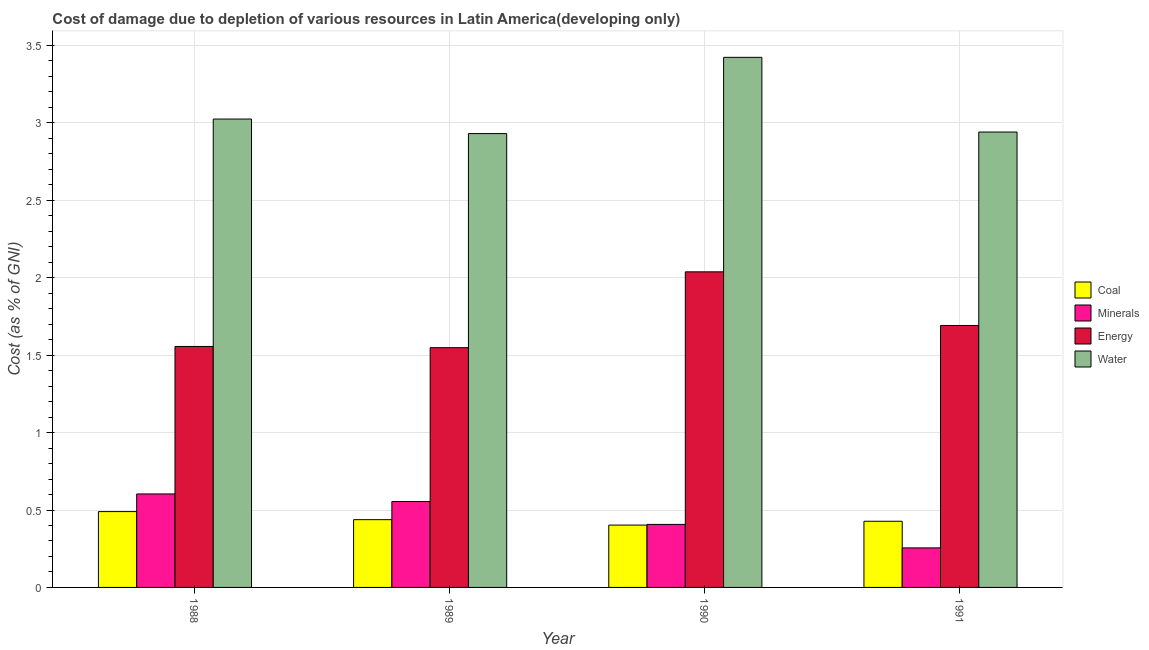
| Year | Coal | Minerals | Energy | Water |
 | --- | --- | --- | --- | --- |
 | 1988 | 0.49 | 0.604 | 1.56 | 3.02 |
 | 1989 | 0.438 | 0.555 | 1.55 | 2.93 |
 | 1990 | 0.403 | 0.407 | 2.04 | 3.42 |
 | 1991 | 0.427 | 0.255 | 1.69 | 2.94 |